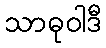
သာဓုဝါဒီ